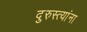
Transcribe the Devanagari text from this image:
दुरुस्त्यांना